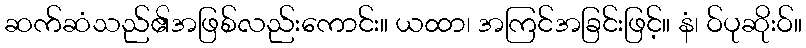
ဆက်ဆံသည်၏အဖြစ်လည်းကောင်း။ ယထာ၊ အကြင်အခြင်းဖြင့်။ နံ၊ ဝ်ပုဆိုးဝ်။